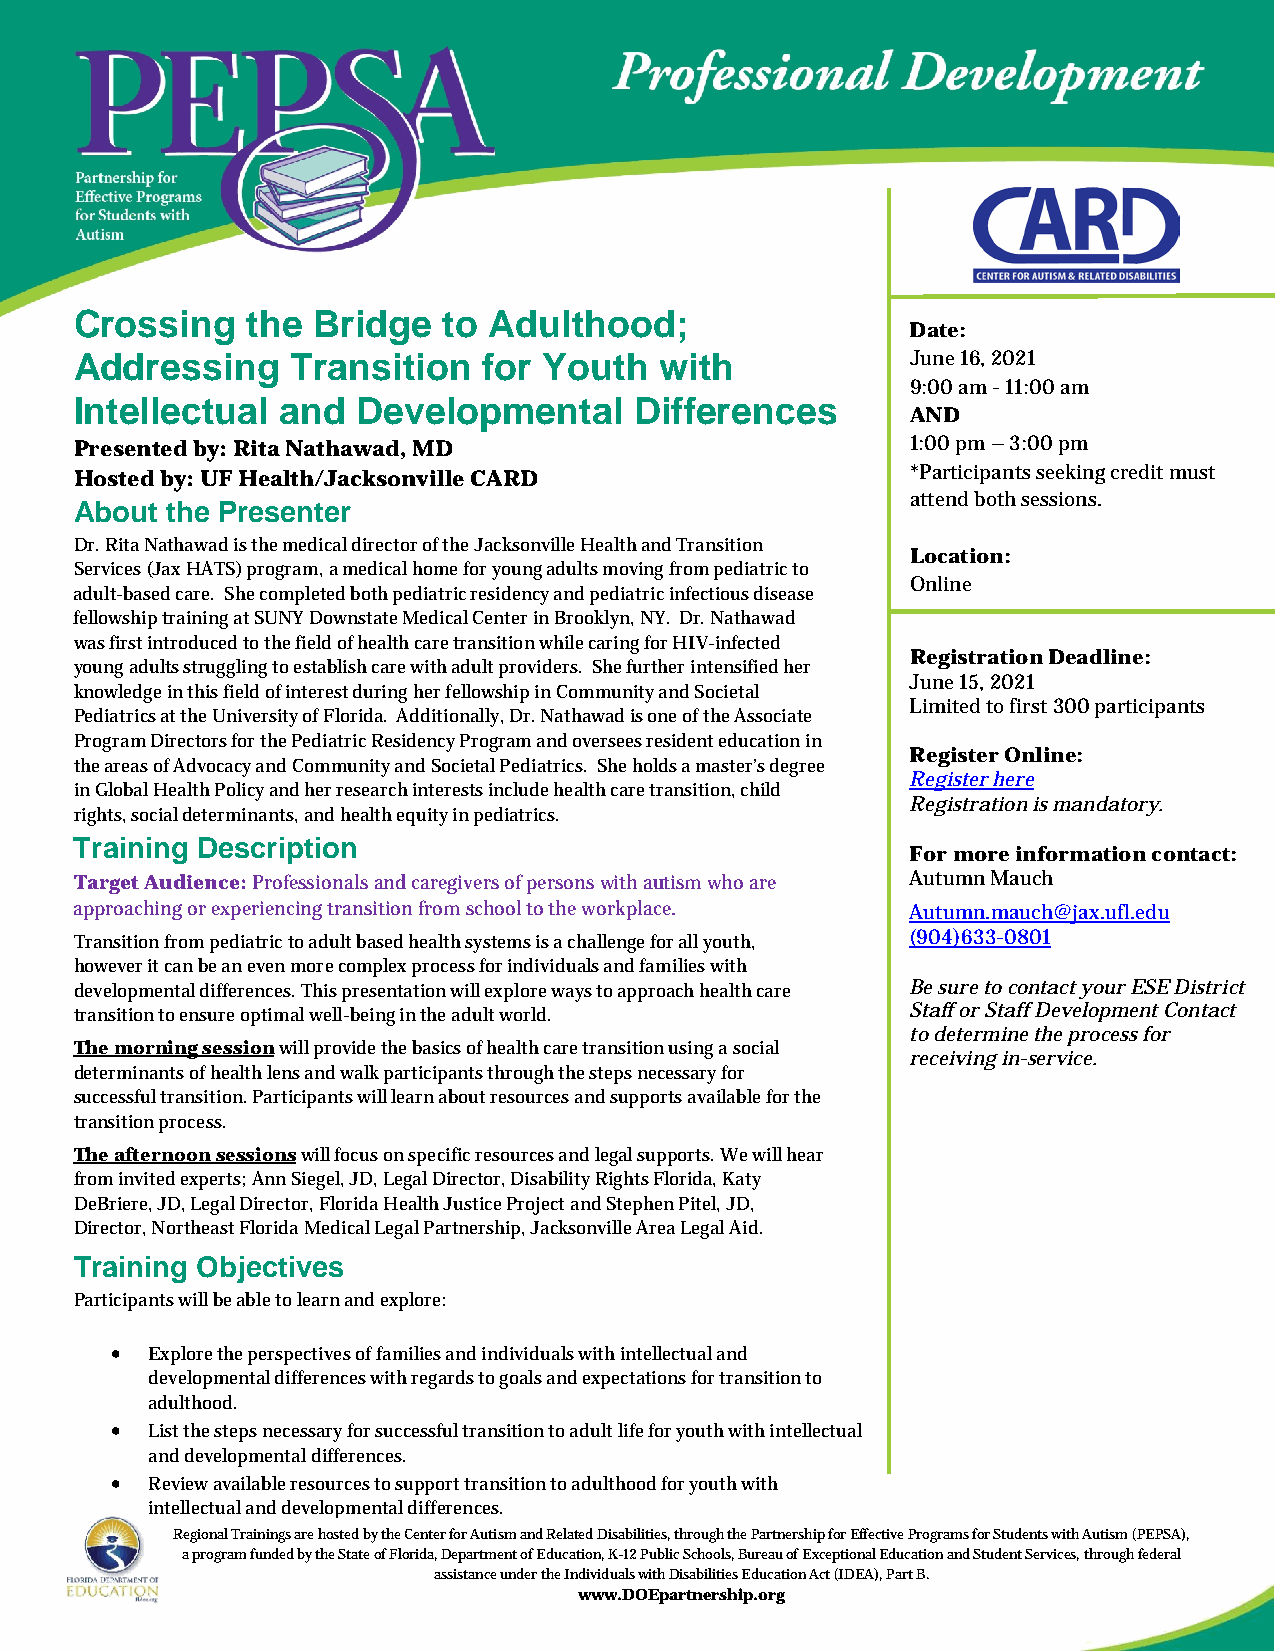
Crossing   the  Bridge  to Adulthood;
 Date:
 Addressing    Transition   for Youth   with            June 16, 2021
 9:00 am - 11:00 am
 Intellectual  and  Developmental     Differences
 AND
 Presented by: Rita Nathawad, MD                        1:00 pm – 3:00 pm
 Hosted by: UF Health/Jacksonville CARD                 *Participants seeking credit must
 attend both sessions.
 About the Presenter
 Dr. Rita Nathawad is the medical director of the Jacksonville Health and Transition
 Location:
 Services (Jax HATS) program, a medical home for young adults moving from pediatric to
 Online
 adult-based care. She completed both pediatric residency and pediatric infectious disease
 fellowship training at SUNY Downstate Medical Center in Brooklyn, NY. Dr. Nathawad
 was first introduced to the field of health care transition while caring for HIV-infected
 Registration Deadline:
 young adults struggling to establish care with adult providers. She further intensified her
 June 15, 2021
 knowledge in this field of interest during her fellowship in Community and Societal
 Limited to first 300 participants
 Pediatrics at the University of Florida. Additionally, Dr. Nathawad is one of the Associate
 Program Directors for the Pediatric Residency Program and oversees resident education in
 Register Online:
 the areas of Advocacy and Community and Societal Pediatrics. She holds a master’s degree
 in Global Health Policy and her research interests include health care transition, child
 Register here
 rights, social determinants, and health equity in pediatrics.
 Registration is mandatory.
 Training Description
 For more information contact:
 Target Audience: Professionals and caregivers of persons with autism who are Autumn Mauch
 approaching or experiencing transition from school to the workplace. Autumn.mauch@jax.ufl.edu
 Transition from pediatric to adult based health systems is a challenge for all youth, (904)633-0801
 however it can be an even more complex process for individuals and families with
 developmental differences. This presentation will explore ways to approach health care Be sure to contact your ESE District
 transition to ensure optimal well-being in the adult world. Staff or Staff Development Contact
 to determine the process for
 The morning session will provide the basics of health care transition using a social
 receiving in-service.
 determinants of health lens and walk participants through the steps necessary for
 successful transition. Participants will learn about resources and supports available for the
 transition process.
 The afternoon sessions will focus on specific resources and legal supports. We will hear
 from invited experts; Ann Siegel, JD, Legal Director, Disability Rights Florida, Katy
 DeBriere, JD, Legal Director, Florida Health Justice Project and Stephen Pitel, JD,
 Director, Northeast Florida Medical Legal Partnership, Jacksonville Area Legal Aid.
 Training Objectives
 Participants will be able to learn and explore:
 •  Explore the perspectives of families and individuals with intellectual and
 developmental differences with regards to goals and expectations for transition to
 adulthood.
 •  List the steps necessary for successful transition to adult life for youth with intellectual
 and developmental differences.
 •  Review available resources to support transition to adulthood for youth with
 intellectual and developmental differences.
 Regional Trainings are hosted by the Center for Autism and Related Disabilities, through the Partnership for Effective Programs for Students with Autism (PEPSA),
 a program funded by the State of Florida, Department of Education, K-12 Public Schools, Bureau of Exceptional Education and Student Services, through federal
 assistance under the Individuals with Disabilities Education Act (IDEA), Part B.
 www.DOEpartnership.org